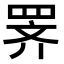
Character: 𫅅